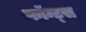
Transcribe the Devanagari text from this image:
फॉन्ट्‌स